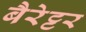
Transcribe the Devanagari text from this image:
बैरेट्टर